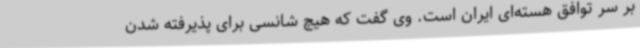
بر سر توافق هسته‌ای ایران است. وی گفت که هیچ شانسی برای پذیرفته شدن